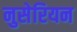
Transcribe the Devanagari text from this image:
नुसेरियन